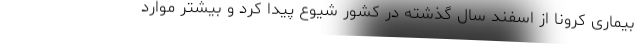
بیماری کرونا از اسفند سال گذشته در کشور شیوع پیدا کرد و بیشتر موارد